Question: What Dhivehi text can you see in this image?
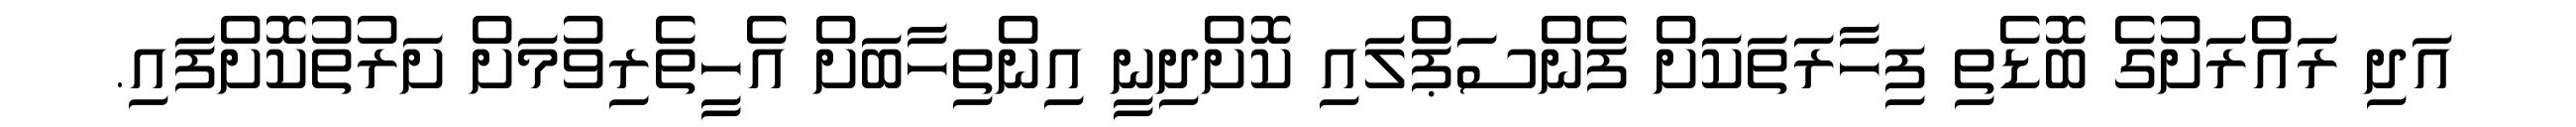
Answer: އަދި ރައްރަށުގެ ބޮޑެތި ފިހާރަތަކަށް ފެންސަޕްލައި ކޮށްދިނީ އިންތިހާބަށް އެހީތެރިވުމަށް ށަރުތުކޮށްފައި.